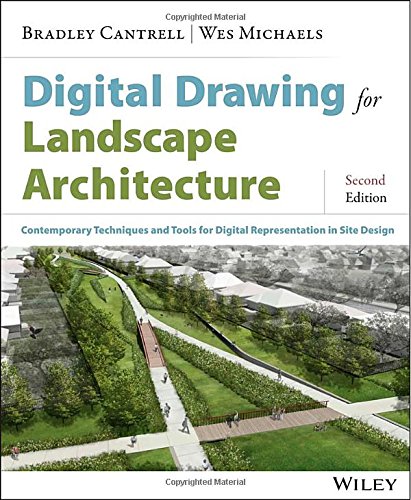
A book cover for Digital Drawing for Landscape Architecture: Contemporary Techniques and Tools for Digital Representation in Site Design; Bradley Cantrell; Arts & Photography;